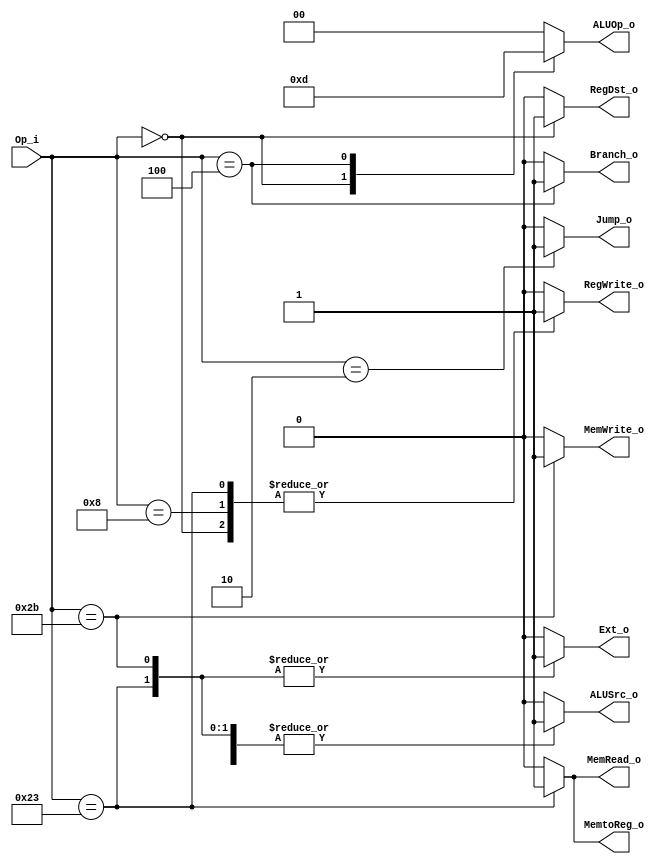
module Control
(
	Op_i, 
	RegDst_o, 
	Jump_o, 
	Branch_o, 
	MemRead_o,
	MemtoReg_o, 
	ALUOp_o,
	MemWrite_o, 
	ALUSrc_o, 
	RegWrite_o,
	Ext_o // Useless in this hw
);
	// Input 
	input [5:0] Op_i;
	// Output
	output RegDst_o, Jump_o, Branch_o, MemRead_o, MemtoReg_o, MemWrite_o, ALUSrc_o, 
	RegWrite_o, Ext_o;
	output [1:0] ALUOp_o;
	
	// type
	reg RegDst_o, Jump_o, Branch_o, MemRead_o, MemtoReg_o, MemWrite_o, ALUSrc_o,
	RegWrite_o, Ext_o;
	reg [1:0] ALUOp_o;

	localparam 
		// Op Type
		R_TYPE = 6'b000000,
		ADDI = 6'b001000,
		LW = 6'b100011,
		SW = 6'b101011,
		BEQ = 6'b000100,
		JUMP = 6'b000010,
		// ALUop
		ALU_R_TYPE = 2'b11,
		ALU_ADD = 2'b00,
		ALU_SUB = 2'b01,
		ALU_OR = 2'b10;
	/*
	R-type:
		1.and
		2.or
		3.add
		4.sub
		5.mul
	I-type:
		1.addi
		2.lw
		3.sw
		4.beq
	J-type:
		1.j
	*/
	// WARNING: Only when Op_i changed wil the output change
	always @(Op_i) begin
		case (Op_i)
			R_TYPE:
			begin
				MemRead_o <= 1'b0;
				RegDst_o <= 1'b1;
				ALUSrc_o <= 1'b0;
				MemtoReg_o <= 1'b0;
				RegWrite_o <= 1'b1;
				MemWrite_o <= 1'b0;
				Branch_o <= 1'b0;
				Jump_o <= 1'b0;
				Ext_o <= 1'b0; // x
				ALUOp_o <= ALU_R_TYPE;
			end
			// addi 
			ADDI:
			begin
				MemRead_o <= 1'b0;
				RegDst_o <= 1'b0;
				ALUSrc_o <= 1'b1;
				MemtoReg_o <= 1'b0;
				RegWrite_o <= 1'b1;
				MemWrite_o <= 1'b0;
				Branch_o <= 1'b0;
				Jump_o <= 1'b0;
				Ext_o <= 1'b0;
				ALUOp_o <= ALU_ADD;
			end
			LW:
			begin
				MemRead_o <= 1'b1; // Touch memory
				RegDst_o <= 1'b0; 
				ALUSrc_o <= 1'b1;
				MemtoReg_o <= 1'b1;
				RegWrite_o <= 1'b1;
				MemWrite_o <= 1'b0;
				Branch_o <= 1'b0;
				Jump_o <= 1'b0;
				Ext_o <= 1'b1; // Useless in this hw
				ALUOp_o <= ALU_ADD; // Add
			end
			SW:
			begin
				MemRead_o <= 1'b0;
				RegDst_o <= 1'b0; // x
				ALUSrc_o <= 1'b1;
				MemtoReg_o <= 1'b0; // x
				RegWrite_o <= 1'b0;
				MemWrite_o <= 1'b1;
				Branch_o <= 1'b0;
				Jump_o <= 1'b0;
				Ext_o <= 1'b1; // Useless
				ALUOp_o <= ALU_ADD;
			end
			BEQ:
			begin
				MemRead_o <= 1'b0;
				RegDst_o <= 1'b0; // x
				ALUSrc_o <= 1'b0;
				MemtoReg_o <= 1'b0; // x
				RegWrite_o <= 1'b0;
				MemWrite_o <= 1'b0;
				Branch_o <= 1'b1;
				Jump_o <= 1'b0;
				Ext_o <= 1'b0; // x
				ALUOp_o <= ALU_SUB; // WARNING: In pipelined cpu, ALUOp_o in BEG will become useless
			end
			JUMP:
			begin
				MemRead_o <= 1'b0;
				RegDst_o <= 1'b0; // x
				ALUSrc_o <= 1'b0; // x
				MemtoReg_o <= 1'b0; // x
				RegWrite_o <= 1'b0; 
				MemWrite_o <= 1'b0;
				Branch_o <= 1'b0;
				Jump_o <= 1'b1;
				Ext_o <= 1'b0; // x
				ALUOp_o <= ALU_ADD; //x			
			end
			default:
			begin
				MemRead_o <= 1'b0;
				RegDst_o <= 1'b0; 
				ALUSrc_o <= 1'b0; 
				MemtoReg_o <= 1'b0; 
				RegWrite_o <= 1'b0; 
				MemWrite_o <= 1'b0;
				Branch_o <= 1'b0;
				Jump_o <= 1'b0;
				Ext_o <= 1'b0; 
				ALUOp_o <= ALU_ADD; 
			end
			endcase
	end
	
endmodule